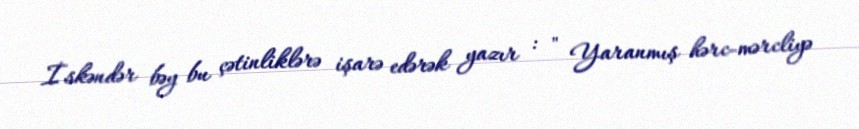
İskəndər bəy bu çətinliklərə işarə edərək yazır : " Yaranmış hərc-mərcliyə